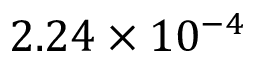
2 . 2 4 \times 1 0 ^ { - 4 }